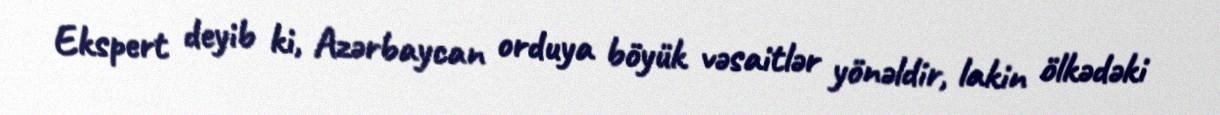
Ekspert deyib ki, Azərbaycan orduya böyük vəsaitlər yönəldir, lakin ölkədəki